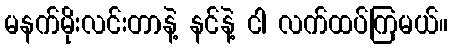
မနက်မိုးလင်းတာနဲ့ နင်နဲ့ ငါ လက်ထပ်ကြမယ်။